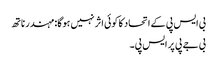
بی ایس پی کے اتحاد کا کوئی اثر نہیں ہوگا: مہندر ناتھ
بی جے پی پر ایس پی۔